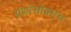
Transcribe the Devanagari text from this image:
ग्रंथांसोबतच